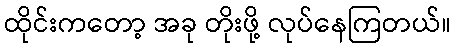
ထိုင်းကတော့ အခု တိုးဖို့ လုပ်နေကြတယ်။